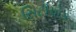
સિટીવોક